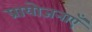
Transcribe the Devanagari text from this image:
प्रायोजनाएँ